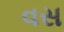
વસ